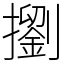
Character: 𢷶